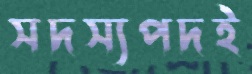
সদস্যপদই